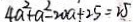
4 a ^ { 2 } + a ^ { 2 } - 2 0 a + 2 5 = 2 5